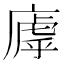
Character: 𫷽